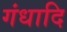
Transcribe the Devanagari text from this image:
गंधादि